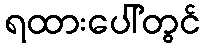
ရထားပေါ်တွင်